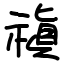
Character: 禛